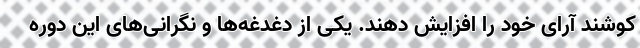
‌کوشند آرای خود را افزایش دهند. یکی از دغدغه‌ها و نگرانی‌های این دوره